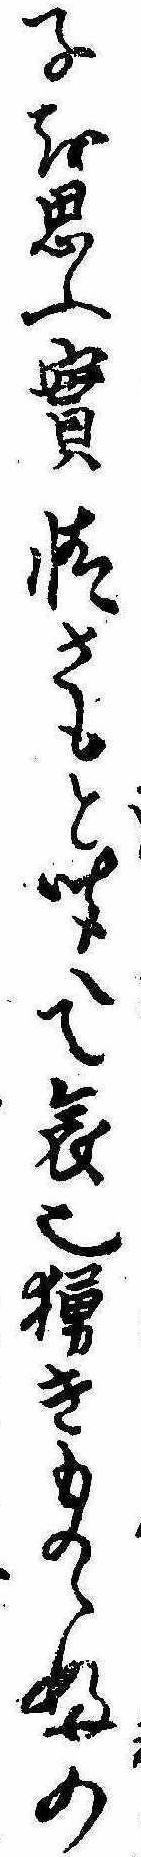
子を思ふ実情さもと聞へて哀也きものゝふの